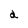
Character: a